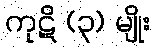
ကုဋိ (၃) မျိုး